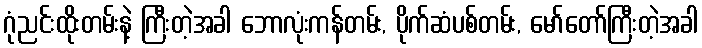
ဂုံညင်းထိုးတမ်းနဲ့ ကြီးတဲ့အခါ ဘောလုံးကန်တမ်း, ပိုက်ဆံပစ်တမ်း, မော်တော်ကြီးတဲ့အခါ